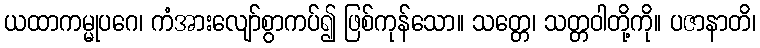
ယထာကမ္မုပဂေ၊ ကံအားလျော်စွာကပ်၍ ဖြစ်ကုန်သော။ သတ္တေ၊ သတ္တဝါတို့ကို။ ပဇာနာတိ၊